Indian journal of veterinary science and animal husbandry - Volume 4,
Year: 1934
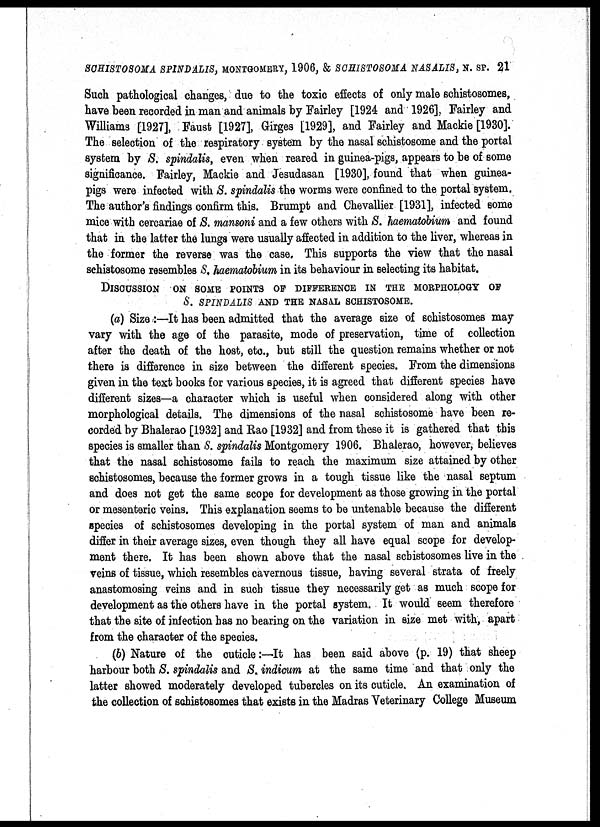
SCHISTOSOMA SPINDALIS, MONTGOMERY, 1906, & SCHISTOSOMA NASALIS, N. SP. 21
Such pathological changes, due to the toxic effects of only male schistosomes,
have been recorded in man and animals by Fairley [1924 and 1926]„ Fairley and
Williams [1927], Faust [1927], Girges [1929], and Fairley and Mackie [1930].
The selection of the respiratory system by the nasal schistosome and the portal
system by S. spindalis, even when reared in guinea-pigs, appears to be of some
significance. Fairley, Mackie and Jesudasan [1930], found that when guinea-
pigs were infected with S. spindalis the worms were confined to the portal system.
The author's findings confirm this. Brumpt and Chevallier [1931], infected some
mice with cercariae of S. mansoni and a few others with S. haematobium and found
that in the latter the lungs were usually affected in addition to the liver, whereas in
the former the reverse was the case. This supports the view that the nasal
schistosome resembles S. haematobium in its behaviour in selecting its habitat.
DISCUSSION ON SOME POINTS OF DIFFERENCE IN THE MORPHOLOGY OF
S. SPINDALIS AND THE NASAL SCHISTOSOME.
(a) Size :—It has been admitted that the average size of schistosomes may
vary with the age of the parasite, mode of preservation, time of collection
after the death of the host, etc., but still the question remains whether or not
there is difference in size between the different species. From the dimensions
given in the text books for various species, it is agreed that different species have
different sizes—a character which is useful when considered along with other
morphological details. The dimensions of the nasal schistosome have been re-
corded by Bhalerao [1932] and Rao [1932] and from these it is gathered that this
species is smaller than S. spindalis Montgomery 1906. Bhalerao, however, believes
that the nasal schistosome fails to reach the maximum size attained by other
schistosomes, because the former grows in a tough tissue like the nasal septum
and does not get the same scope for development as those growing in the portal
or mesenteric veins. This explanation seems to be untenable because the different
species of schistosomes developing in the portal system of man and animals
differ in their average sizes, even though they all have equal scope for develop-
ment there. It has been shown above that the nasal schistosomes live in the
veins of tissue, which resembles cavernous tissue, having several strata of freely
anastomosing veins and in such tissue they necessarily get as much scope for
development as the others have in the portal system. It would seem therefore
that the site of infection has no bearing on the variation in size met with, apart
from the character of the species.
(b) Nature of the cuticle:—It has been said above (p. 19) that sheep
harbour both S. spindalis and S. indicum at the same time and that only the
latter showed moderately developed tubercles on its cuticle. An examination of
the collection of schistosomes that exists in the Madras Veterinary College Museum